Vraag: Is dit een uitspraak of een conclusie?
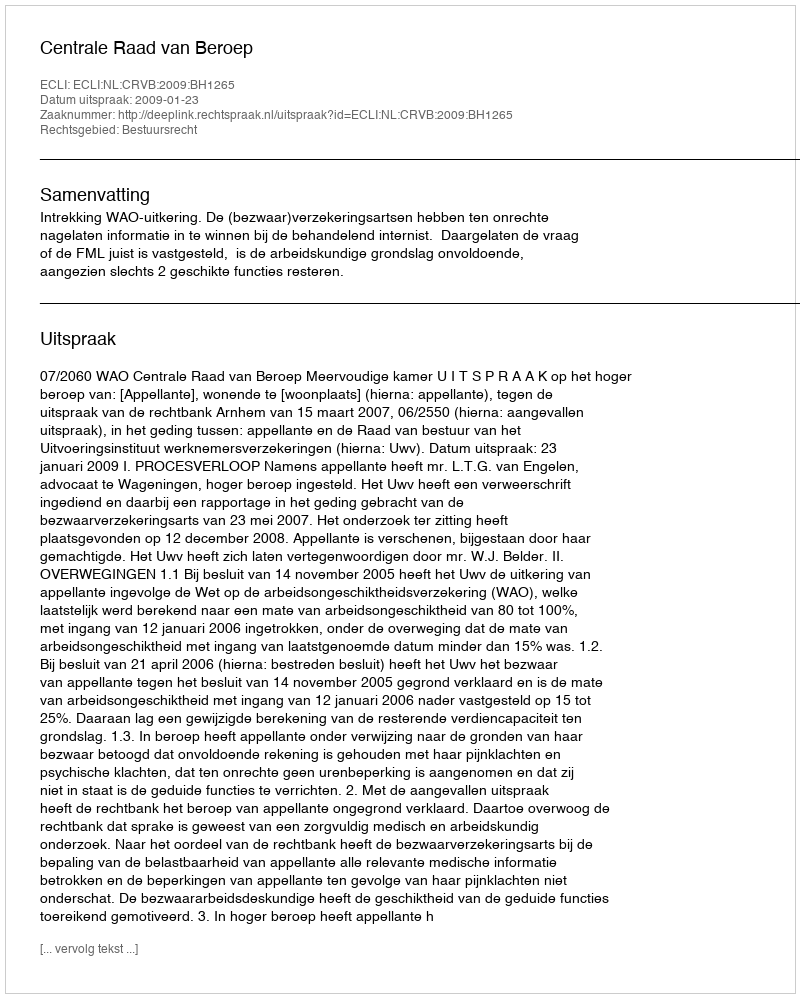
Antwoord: Uitspraak